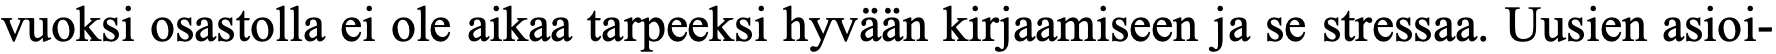
vuoksi osastolla ei ole aikaa tarpeeksi hyvään kirjaamiseen ja se stressaa. Uusien asioi-